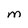
Character: M